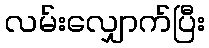
လမ်းလျှောက်ပြီး